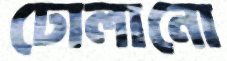
ঢোলানো